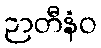
ဉာတီနံဝ